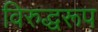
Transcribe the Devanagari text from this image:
विरुद्धरूप